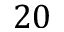
2 0